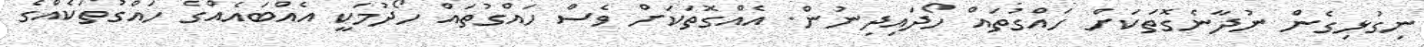
ނިގުޅިގެން ނުދާނެގޮތަކަށް ހައްގުތައް ހޯދައިދިނުން. އެއްގޮތަކަށް ވެސް ހައްގުތައް ހޯދުމަކީ އެއްބައެއްގެ ހައްގުތަކެއްގެ